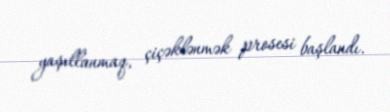
yaşıllanmaq, çiçəklənmək prosesi başlandı.